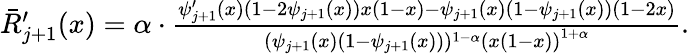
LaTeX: \begin{array}{r}{\bar{R}_{j+1}^{\prime}(x)=\alpha\cdot\frac{\psi_{j+1}^{\prime}(x)(1-2\psi_{j+1}(x))x(1-x)-\psi_{j+1}(x)(1-\psi_{j+1}(x))(1-2x)}{(\psi_{j+1}(x)(1-\psi_{j+1}(x)))^{1-\alpha}\left(x\left(1-x\right)\right)^{1+\alpha}}.}\end{array}